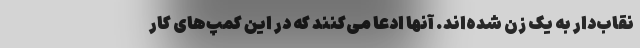
نقاب‌دار به یک زن شده‌اند. آنها ادعا می‌کنند که در این کمپ‌های کار